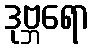
ဒုဗ္ဘရော